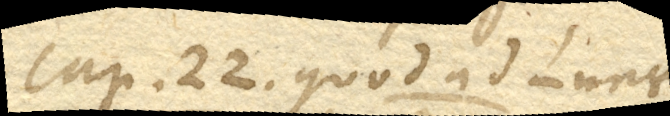
Cap. 22. Quod ad Lunae